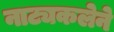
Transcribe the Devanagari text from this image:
नाट्यकलेने